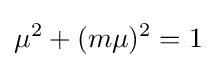
\mu ^{2}+(m\mu )^{2}=1